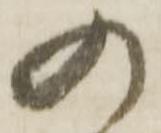
の